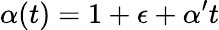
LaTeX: \alpha(t)=1+\epsilon+\alpha^{\prime}t